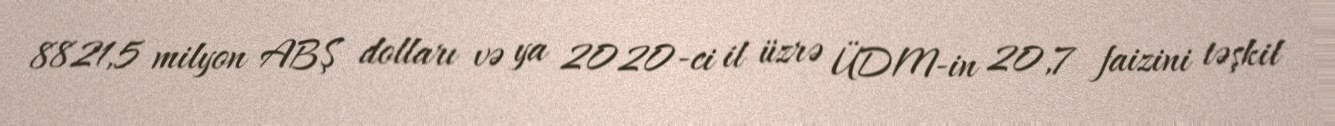
8821,5 milyon ABŞ dolları və ya 2020-ci il üzrə ÜDM-in 20,7 faizini təşkil